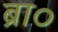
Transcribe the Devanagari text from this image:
ब्रा०